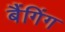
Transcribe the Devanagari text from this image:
बैंगिंग